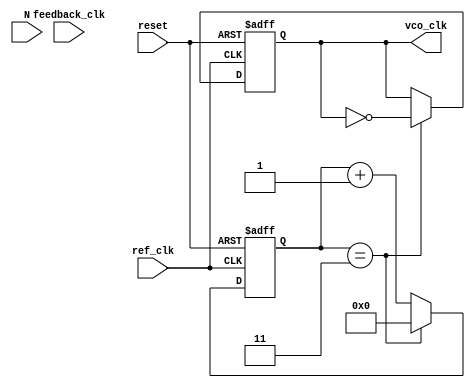
module integer_n_pll (
    input wire ref_clk,          // Reference clock input
    input wire reset,           // Reset signal
    input wire feedback_clk,     // Feedback clock from the divider
    input wire [N-1:0] N,        // Division ratio
    output reg vco_clk           // Output clock from VCO
);

parameter N = 4; // Example division ratio
parameter VCO_MAX_FREQ = 100; // Maximum frequency of VCO
parameter VCO_MIN_FREQ = 10;   // Minimum frequency of VCO

// PFD signals
reg pfd_up;
reg pfd_down;

// Charge Pump signals
reg charge_pump_output;

// Loop Filter signals
reg [7:0] loop_filter_output; // 8-bit control voltage

// VCO frequency control
reg [7:0] vco_control_voltage; // Control voltage for VCO
reg [7:0] vco_frequency;        // Current frequency of VCO

// Divider counter
reg [N-1:0] divider_count;

// Phase Frequency Detector (PFD)
always @(posedge ref_clk or posedge reset) begin
    if (reset) begin
        pfd_up <= 0;
        pfd_down <= 0;
    end else begin
        // Compare reference clock and feedback clock
        if (ref_clk && !feedback_clk) begin
            pfd_up <= 1;
            pfd_down <= 0;
        end else if (!ref_clk && feedback_clk) begin
            pfd_up <= 0;
            pfd_down <= 1;
        end else begin
            pfd_up <= 0;
            pfd_down <= 0;
        end
    end
end

// Charge Pump
always @(posedge ref_clk or posedge reset) begin
    if (reset) begin
        charge_pump_output <= 0;
    end else begin
        if (pfd_up) begin
            charge_pump_output <= charge_pump_output + 1; // Charge
        end else if (pfd_down) begin
            charge_pump_output <= charge_pump_output - 1; // Discharge
        end
    end
end

// Loop Filter (simple first-order)
always @(posedge ref_clk or posedge reset) begin
    if (reset) begin
        loop_filter_output <= 0;
    end else begin
        loop_filter_output <= charge_pump_output; // Simple transfer
    end
end

// Voltage-Controlled Oscillator (VCO)
always @(posedge ref_clk or posedge reset) begin
    if (reset) begin
        vco_frequency <= VCO_MIN_FREQ; // Start at minimum frequency
    end else begin
        vco_frequency <= loop_filter_output; // Control frequency by loop filter output
        if (vco_frequency > VCO_MAX_FREQ) begin
            vco_frequency <= VCO_MAX_FREQ; // Clamp to max frequency
        end else if (vco_frequency < VCO_MIN_FREQ) begin
            vco_frequency <= VCO_MIN_FREQ; // Clamp to min frequency
        end
    end
end

// Divider
always @(posedge ref_clk or posedge reset) begin
    if (reset) begin
        divider_count <= 0;
        vco_clk <= 0;
    end else begin
        if (divider_count == N-1) begin
            vco_clk <= ~vco_clk; // Toggle output clock
            divider_count <= 0; // Reset counter
        end else begin
            divider_count <= divider_count + 1; // Increment counter
        end
    end
end

endmodule